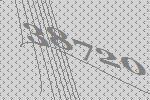
38720